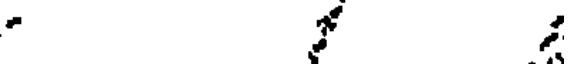
.